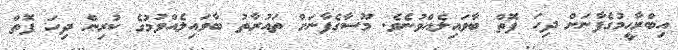
އިބްރާހީމުގެފާނަށް ދިހަ ފޮތް ބާވައިލެއްވުނެވެ. މޫސާގެފާނަށް ތައުރާތު ބާވައިލެއްވުމުގެ ކުރިން ދިހަ ފޮތް